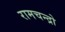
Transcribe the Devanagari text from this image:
रामचन्द्रो